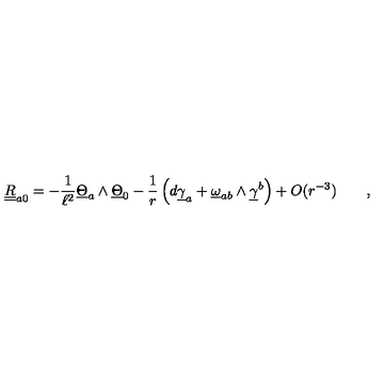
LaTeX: \underline { { \underline { R } } } _ { a 0 } = - \frac 1 { \ell ^ { 2 } } \underline { { \Theta } } _ { a } \wedge \underline { { \Theta } } _ { 0 } - { \frac { 1 } { r } } \left( d \underline { { \gamma } } _ { a } + \underline { { \omega } } _ { a b } \wedge \underline { { \gamma } } ^ { b } \right) + O ( r ^ { - 3 } ) \qquad ,